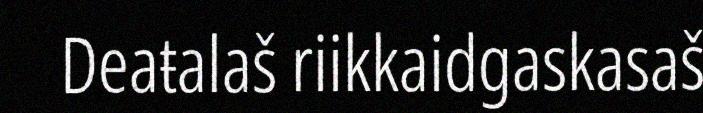
Deaŧalaš riikkaidgaskasaš